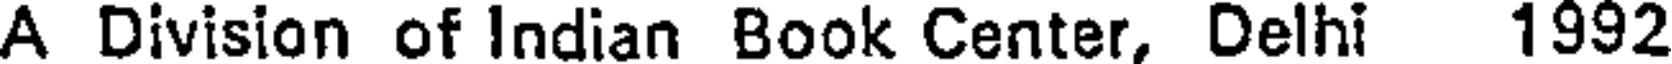
A Division of Indian Book Center, Delhi 1992